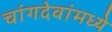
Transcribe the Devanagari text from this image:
चांगदेवांमध्ये